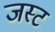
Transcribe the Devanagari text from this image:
जस्‍ट